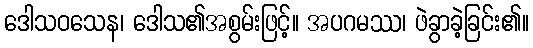
ဒေါသဝသေန၊ ဒေါသ၏အစွမ်းဖြင့်။ အပဂမဿ၊ ဖဲခွာခဲ့ခြင်း၏။